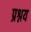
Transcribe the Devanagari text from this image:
प्रश्नय